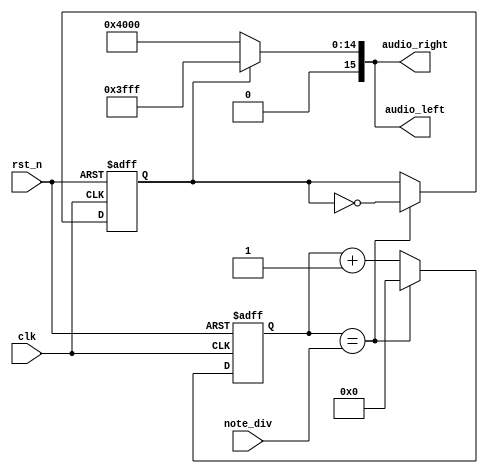
`timescale 1ns / 1ps
//////////////////////////////////////////////////////////////////////////////////
// Company: 
// Engineer: 
// 
// Design Name: 
// Module Name:    note_gen 
// Project Name: 
// Target Devices: 
// Tool versions: 
// Description: 
//
// Dependencies: 
//
// Revision: 
// Revision 0.01 - File Created
// Additional Comments: 
//
////////////////////////////////////////////////////////////////////////////////
module buzzer_control(
clk, // clock from crystal
rst_n, // active low reset
note_div, // div for note generation
audio_left, // left sound audio
audio_right // right sound audio
);
// I/O declaration
input clk; // clock from crystal
input rst_n; // active low reset
input [19:0] note_div; // div for note generation
output [15:0] audio_left; // left sound audio
output [15:0] audio_right; // right sound audio
// Declare internal signals
reg [19:0] clk_cnt_next, clk_cnt;
reg b_clk, b_clk_next;

// Note frequency generation

always @(posedge clk or negedge rst_n)
if (~rst_n)
begin
clk_cnt <= 20'd0;
b_clk <= 1'b0;
end
else
begin
clk_cnt <= clk_cnt_next;
b_clk <= b_clk_next;
end
always @*
if (clk_cnt == note_div)
begin
clk_cnt_next = 20'd0;
b_clk_next = ~b_clk;
end
else
begin
clk_cnt_next = clk_cnt + 1'b1;
b_clk_next = b_clk;
end
// Assign the amplitude of the note
assign audio_left = (b_clk == 1'b0) ? 16'h4000 : 16'h3FFF;
assign audio_right = (b_clk == 1'b0) ? 16'h4000 : 16'h3FFF;
endmodule